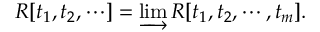
R [ t _ { 1 } , t _ { 2 } , \cdots ] = \varinjlim R [ t _ { 1 } , t _ { 2 } , \cdots , t _ { m } ] .